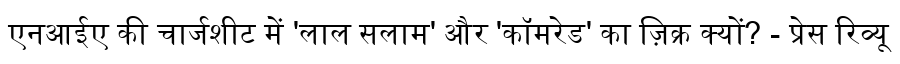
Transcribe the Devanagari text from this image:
एनआईए की चार्जशीट में 'लाल सलाम' और 'कॉमरेड' का ज़िक्र क्यों? - प्रेस रिव्यू